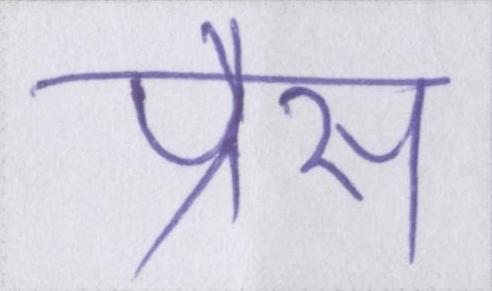
प्रैस